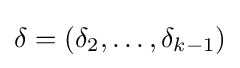
\delta =(\delta _{2},\ldots ,\delta _{k-1})